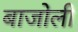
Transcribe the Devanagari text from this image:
बाजोली